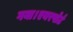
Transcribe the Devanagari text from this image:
गया।एयरपोर्ट